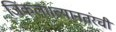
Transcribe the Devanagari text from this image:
जिंकला।त्यानतंरची